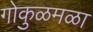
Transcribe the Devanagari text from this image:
गोकुळमळा